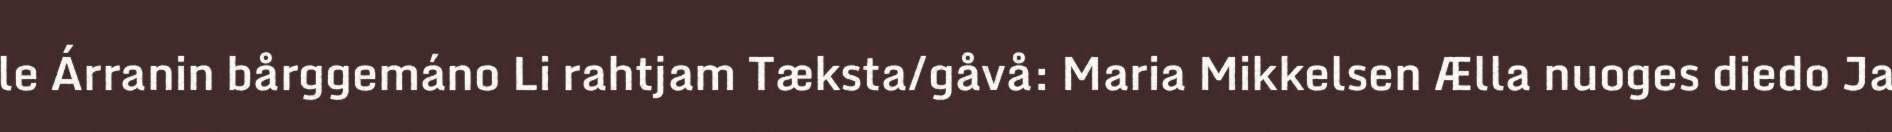
le Árranin bårggemáno Li rahtjam Tæksta/gåvå: Maria Mikkelsen Ælla nuoges diedo Ja